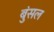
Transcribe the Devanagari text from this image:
बुंसल